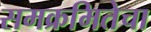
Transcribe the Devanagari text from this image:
समक्रमितेचा